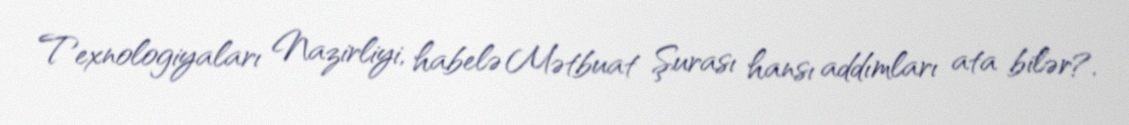
Texnologiyaları Nazirliyi, habelə Mətbuat Şurası hansı addımları ata bilər?.